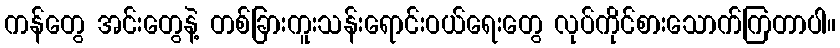
ကန်တွေ အင်းတွေနဲ့ တစ်ခြားကူးသန်းရောင်းဝယ်ရေးတွေ လုပ်ကိုင်စားသောက်ကြတာပါ။